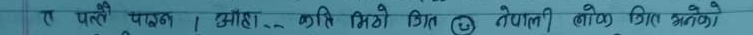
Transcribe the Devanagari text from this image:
र पन्नै पाइन । ओहो... अति मिठो कुन नेपाली गीत लेखेको